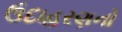
ઉદાહરણનો